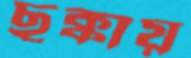
ছক্কায়